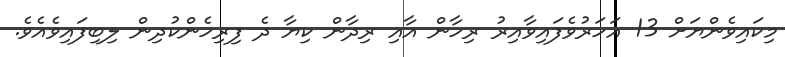
މިކަައިވެންޔަށް 13 އަހަރުވެފައިވާއިރު ރިހާން އާއި ރިދާން ކިޔާ ދެ ފިރިހެންކުދިން ލިބިފައިވެއެވެ.